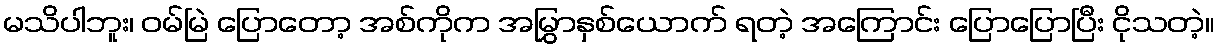
မသိပါဘူး၊ ဝမ်မြဲ ပြောတော့ အစ်ကိုက အမြွှာနှစ်ယောက် ရတဲ့ အကြောင်း ပြောပြောပြီး ငိုသတဲ့။